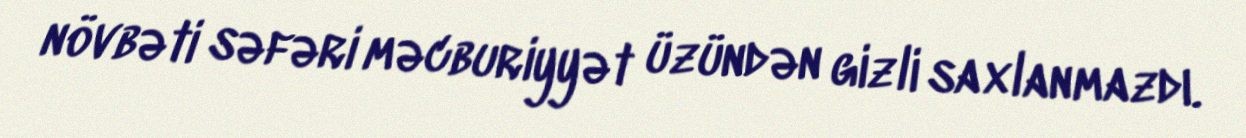
növbəti səfəri məcburiyyət üzündən gizli saxlanmazdı.